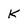
Character: K